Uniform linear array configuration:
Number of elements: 32
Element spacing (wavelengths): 0.75
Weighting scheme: hann
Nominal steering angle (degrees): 45
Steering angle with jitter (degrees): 44.876
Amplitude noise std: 0.05
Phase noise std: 0.05

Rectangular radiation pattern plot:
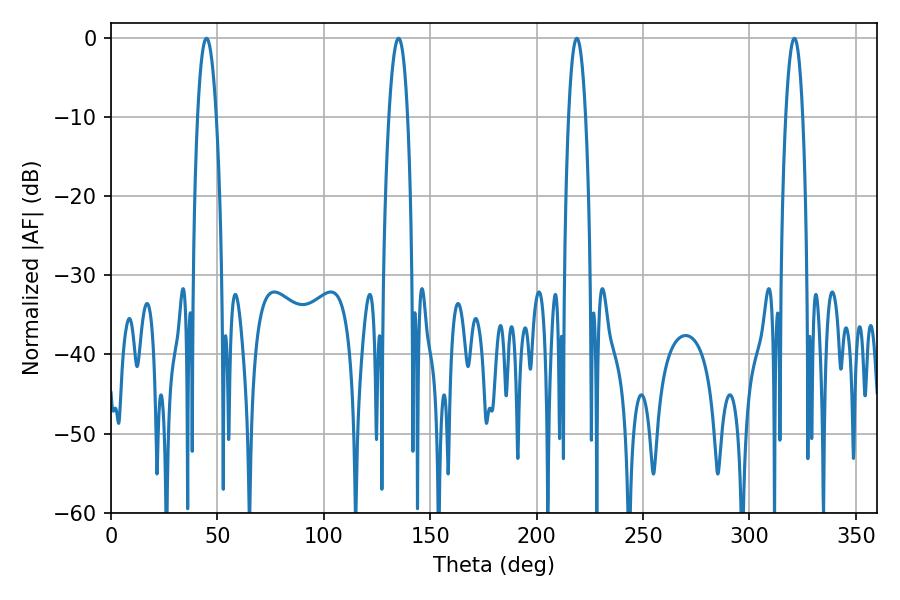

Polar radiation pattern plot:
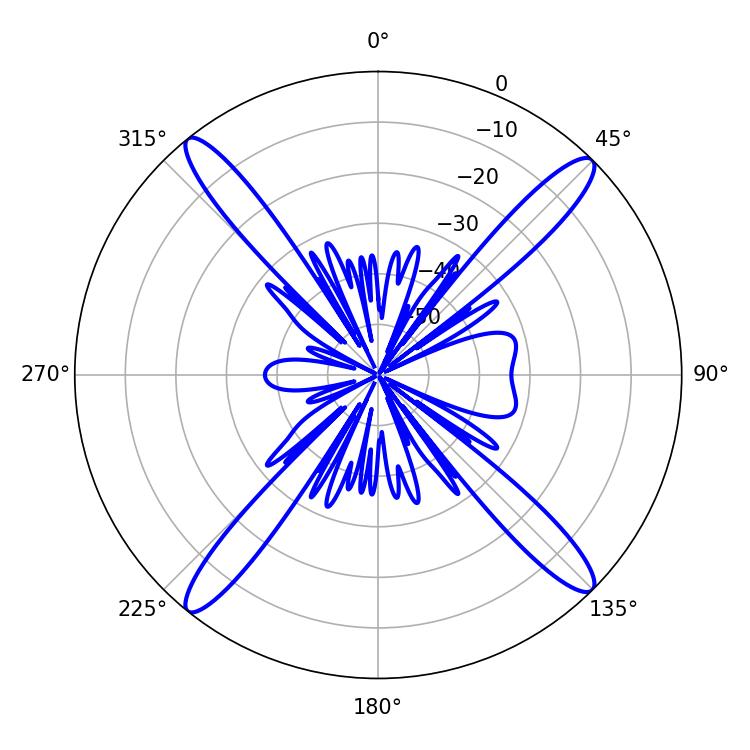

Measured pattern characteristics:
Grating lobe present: TRUE
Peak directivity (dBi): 19.009
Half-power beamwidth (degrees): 4.32
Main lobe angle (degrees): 218.88